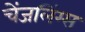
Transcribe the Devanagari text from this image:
चेंजलिंग्स